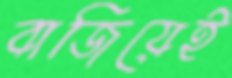
বাজিয়েই